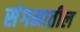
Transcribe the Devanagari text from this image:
संगमातील